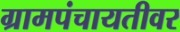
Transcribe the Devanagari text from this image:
ग्रामपंचायतीवर